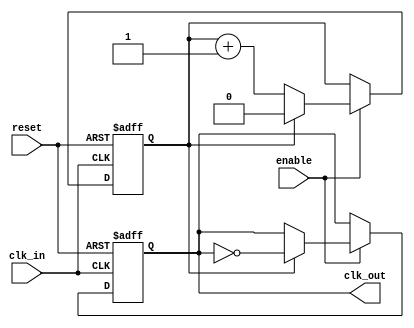
module clock_divider #(
    parameter DIV_FACTOR = 2  // Default division factor is 2
)(
    input wire clk_in,         // Input clock
    input wire reset,          // Asynchronous reset
    input wire enable,         // Enable signal
    output reg clk_out         // Output clock
);

    // Counter to track input clock cycles
    reg [$clog2(DIV_FACTOR)-1:0] counter; // Counter width determined by DIV_FACTOR

    always @(posedge clk_in or posedge reset) begin
        if (reset) begin
            // Reset condition
            counter <= 0;
            clk_out <= 0; // Output clock to a known state
        end else if (enable) begin
            // Increment the counter
            if (counter == DIV_FACTOR - 1) begin
                counter <= 0; // Reset counter
                clk_out <= ~clk_out; // Toggle output clock
            end else begin
                counter <= counter + 1; // Increment counter
            end
        end
    end

endmodule